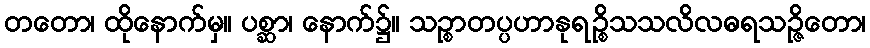
တတော၊ ထိုနောက်မှ။ ပစ္ဆာ၊ နောက်၌။ သဉ္စာတပ္ပဟာနုရဉ္စိသသလိလဓရသဉ္ဇိတော၊